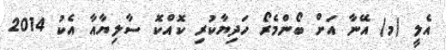
އެލީ (މ) އޭނާ އަށް ބޯންމެރޯ ހަދިޔާކުރި ކޮއްކޮ ސާލިޔާއާ އެކު 2014